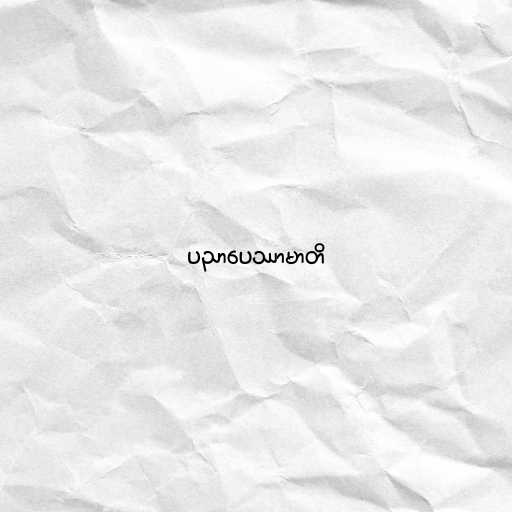
ပညာပေဿာမာတိ